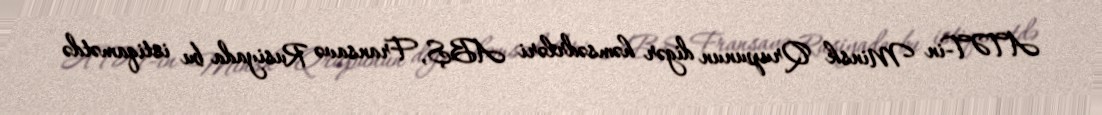
ATƏT-in Minsk Qrupunun digər həmsədrləri ABŞ, Fransavə Rusiyada bu istiqamətdə